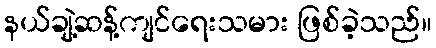
နယ်ချဲ့ဆန့်ကျင်ရေးသမား ဖြစ်ခဲ့သည်။